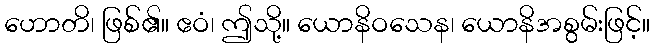
ဟောတိ၊ ဖြစ်၏။ ဧဝံ၊ ဤသို့။ ယောနိဝသေန၊ ယောနိအစွမ်းဖြင့်။